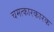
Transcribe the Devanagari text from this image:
चमत्कारकारक